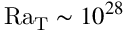
\mathrm { R a _ { T } } \sim 1 0 ^ { 2 8 }